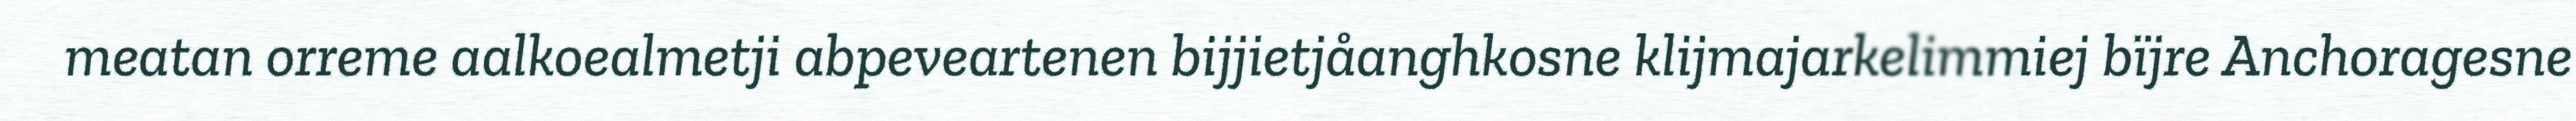
meatan orreme aalkoealmetji abpeveartenen bijjietjåanghkosne klijmajarkelimmiej bïjre Anchoragesne